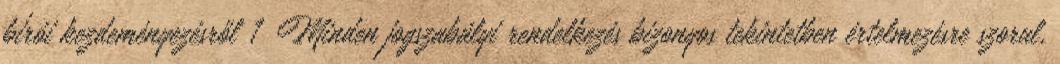
bírói kezdeményezésről 1 Minden jogszabályi rendelkezés bizonyos tekintetben értelmezésre szorul,